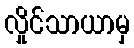
လှိုင်သာယာမှ